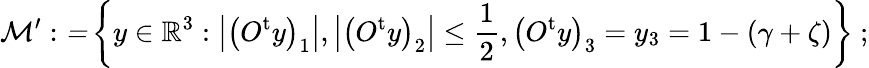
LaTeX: \mathcal{M}^{\prime}:\mathcal{=}\left\{ y\in\mathbb{R}^{3}:\left\vert\left(O^{\mathrm{t}}y\right)_{1}\right\vert,\left\vert\left(O^{\mathrm{t}}y\right)_{2}\right\vert\leq\frac{1}{2},\left(O^{\mathrm{t}}y\right)_{3}=y_{3}=1-\left(\gamma+\zeta\right)\right\} \ ;